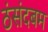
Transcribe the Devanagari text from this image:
ठंसंदबम